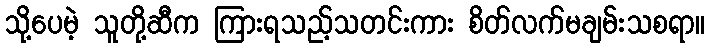
သို့ပေမဲ့ သူတို့ဆီက ကြားရသည့်သတင်းကား စိတ်လက်မချမ်းသစရာ။